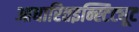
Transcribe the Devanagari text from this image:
आधारितइन्स्टिट्यूट